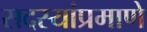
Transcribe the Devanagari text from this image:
सदस्यांप्रमाणे